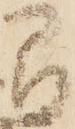
間